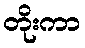
တိုးကာ